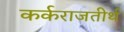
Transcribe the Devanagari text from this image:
कर्कराजतीर्थ